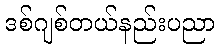
ဒစ်ဂျစ်တယ်နည်းပညာ